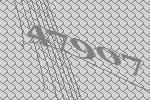
47907